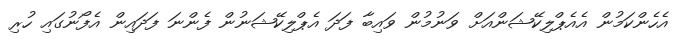
އެހެންކަމުން އެއެޕްލިކޭޝަންއަށް ވަނުމުން ވައިބާ ފަދަ އެޕްލިކޭޝަނުން ފެންނަ ފަދައިން އެފޯނުގައި ހުރި